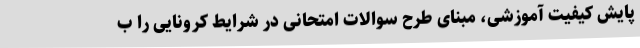
پایش کیفیت آموزشی، مبنای طرح سوالات امتحانی در شرایط کرونایی را ب